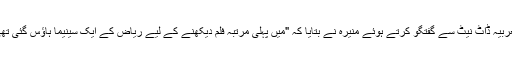
العربیہ ڈاٹ نیٹ سے گفتگو کرتے ہوئے منیرہ نے بتایا کہ "میں پہلی مرتبہ فلم دیکھنے کے لیے ریاض کے ایک سینیما ہاؤس گئی تھی۔